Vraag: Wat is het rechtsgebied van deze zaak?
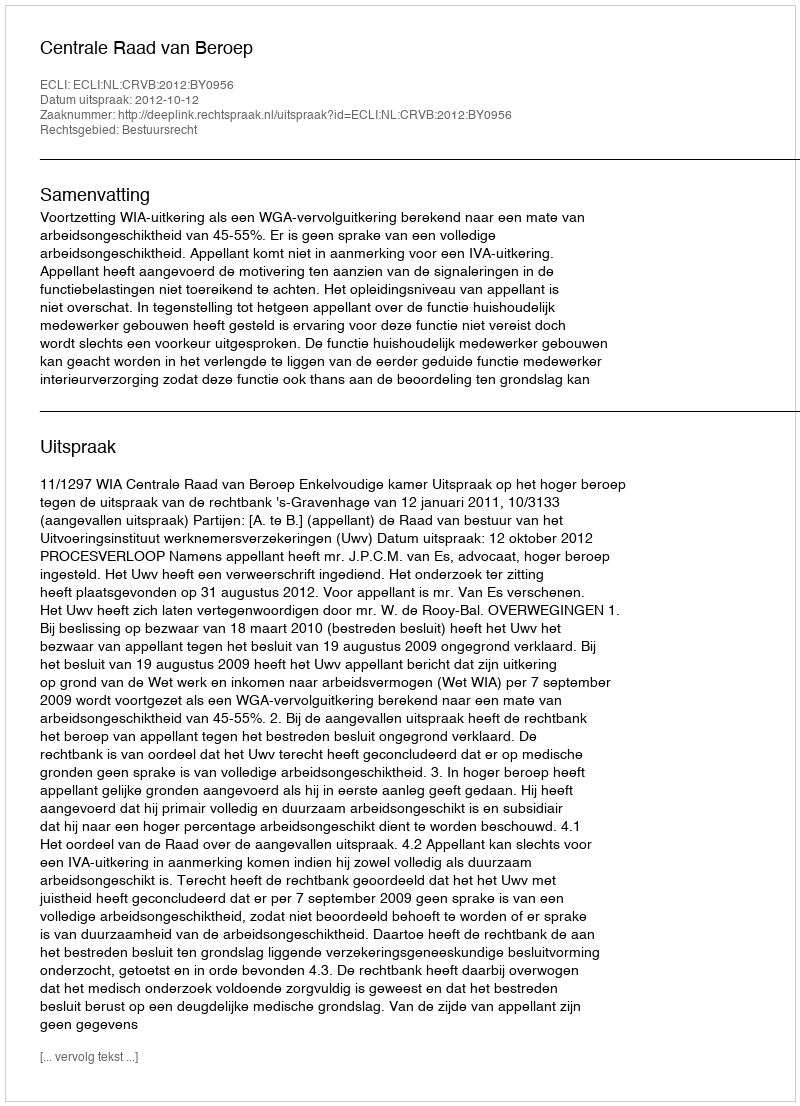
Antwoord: Bestuursrecht